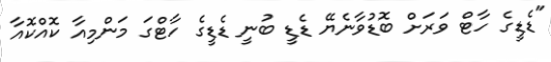
"ޑެޑީގެ ހާޓް ވަރަށް ބޮޑުވާނެޔޭ ޑެޑީ ބުނީ ޑެޑީގެ ހާޓްގަ މަންމިއާ ކޮއްކޮއާ